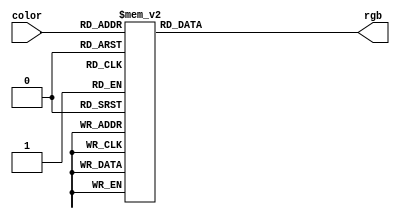
`timescale 1ns / 1ps
//////////////////////////////////////////////////////////////////////////////////
// Company: 
// Engineer: 
// 
// Design Name: 
// Module Name:    Rgb 
// Project Name: 
// Target Devices: 
// Tool versions: 
// Description: 
//
// Dependencies: 
//
// Revision: 
// Revision 0.01 - File Created
// Additional Comments: 
//
//////////////////////////////////////////////////////////////////////////////////
module Rgb(
    input [2:0] color,
    output [7:0] rgb
    );
	 
localparam BACKGROUND = 0;
localparam SPACESHIP = 1;
localparam ALIENS0 = 2;
localparam ALIENS1 = 3;
localparam ALIENS2 = 4;
localparam ALIENS3 = 5;
localparam LASER = 6;
localparam NONE = 7;


reg [7:0] rgb_prov; 

always @(color) begin
	case (color)
		BACKGROUND:rgb_prov=8'b1001101;//10011010; // bleu clair
		SPACESHIP:rgb_prov=8'b00110100; // vert
		ALIENS0:rgb_prov=8'b00011110; // vert clair
		ALIENS1:rgb_prov=8'b11010110; // rose
		ALIENS2:rgb_prov=8'b01010110; // bleu turquoiz
		ALIENS3:rgb_prov=8'b10000110; // mauve
		LASER:rgb_prov=8'b10000000; // rouge fonce  11000000 rouge
		NONE:rgb_prov=8'b00000000; // noir
		default:rgb_prov=8'b00000000; // noir
	endcase
end

assign rgb=rgb_prov;

endmodule